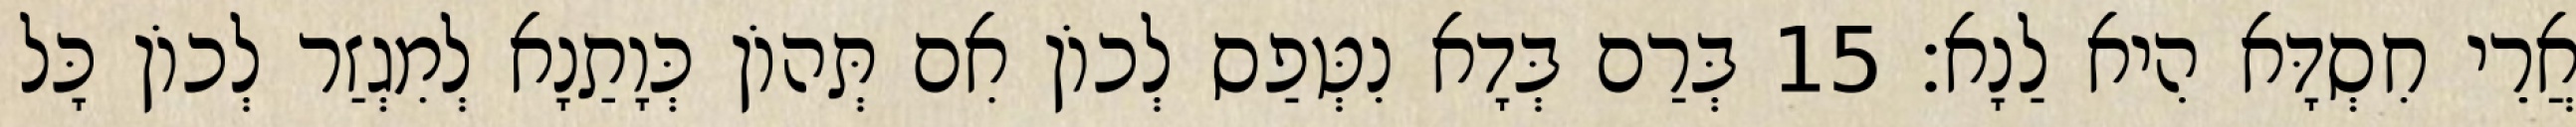
אֲרֵי חִסְדָּא הִיא לַנָא׃ 15 בְּרַם בְּדָא נִטְּפַס לְכוֹן אִם תְּהוֹן כְּוָתַנָא לְמִגְזַר לְכוֹן כָּל